Sketch of the medical history of the native army of Bombay, for the year
Year: 1876
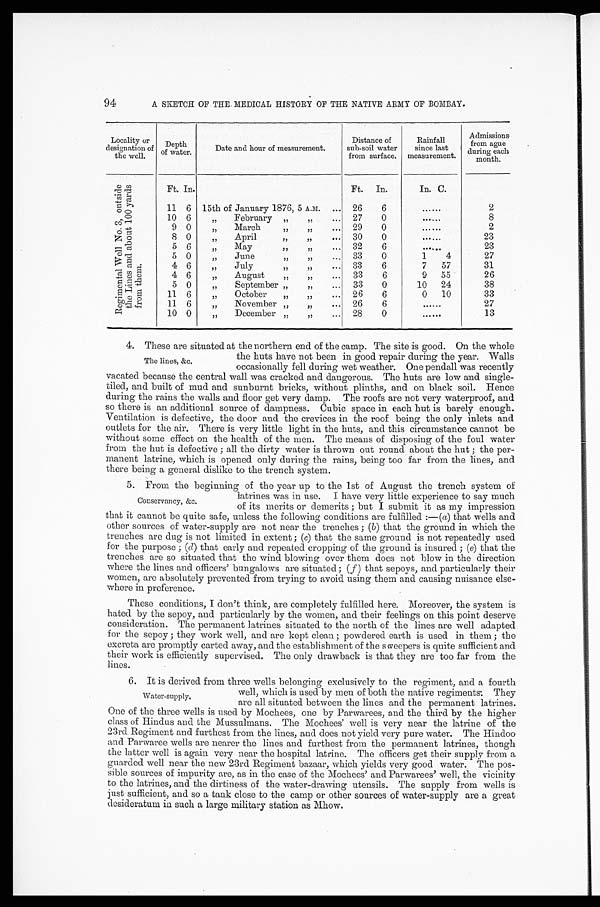
94
A SKETCH OF THE MEDICAL HISTORY OF THE NATIVE ARMY OF BOMBAY.
Locality or
designation of
the well.
Depth
of water.
Date and hour of measurement.
Distance of
sub-soil water
from surface.
Rainfall
since last
measurement.
Admissions
from ague
during each
month.
R e g i m e n t a l W e l l N o . 3 , o u t s i d e t h e L i n e s a n d a b o u t 1 0 0 y a r d s f r o m t h e m .
Ft. In.
Ft. In.
In. C.
11 6 15th of January 1876, 5 A.M. ... 26
6
...
...
2
10 6
„
February „ „
... 27
0
. . . . . .
8
9 0
„
March
„
„
... 29
0
... ...
2
8 0 „
April
„
„
... 30
0
. . . . . .
23
5 6
„
M ay
,,
„
... 32
6
... ...
23
5 0
„
June
„
„
... 33
0
1
4
27
4 6
„
July
„
„ . . . 33
6
7
57
31
4 6
,,
August „
„ . . . 33
6
9 55
26
5 0
,,
September „
,,
... 33
0
10
24
38
11 6
„
October
„
,,
... 26
6
0
10
33
11 6
„
November „
„
... 26
6
......
27
10 0
,,
December „
,,
... 28
0
......
13
4. These are situated at the northern end of the camp. The site is good. On the whole
the huts have not been in good repair during the year. Walls
occasionally fell during wet weather. One pendall was recently
vacated because the central wall was cracked and dangerous. The huts are low and single-
tiled, and built of mud and sunburnt bricks, without plinths, and on black soil. Hence
during the rains the walls and floor get very damp. The roofs are not very waterproof, and
so there is an additional source of dampness. Cubic space in each hut is barely enough.
Ventilation is defective, the door and the crevices in the roof being the only inlets and
outlets for the air. There is very little light in the huts, and this circumstance cannot be
without some effect on the health of the men. The means of disposing of the foul water
from the hut is defective ; all the dirty water is thrown out round about the hut ; the per
-manent latrine, which is opened only during the rains, being too far from the lines, and
there being a general dislike to the trench system.
5. From the beginning of the year up to the 1st of August the trench system of
latrines was in use. I have very little experience to say much
of its merits or demerits ; but I submit it as my impression
that it cannot be quite safe, unless the following conditions are fulfilled :—( a) that wells and
other sources of water-supply are not near the trenches ; ( b) that the ground in which the
trenches are dug is not limited in extent ; ( c) that the same ground is not repeatedly used
for the purpose ; (d) that early and repeated cropping of the ground is insured ; ( e) that the
trenches are so situated that the wind blowing over them does not blow in the direction
where the lines and officers’ bungalows are situated ; (f) that sepoys, and particularly their
women, are absolutely prevented from trying to avoid using them and causing nuisance else
-where in preference.
These conditions, I don’t think, are completely fulfilled here. Moreover, the system is
hated by the sepoy, and particularly by the women, and their feelings on this point deserve
consideration. The permanent latrines situated to the north of the lines are well adapted
for the sepoy ; they work well, and are kept clean ; powdered earth is used in them ; the
excreta are promptly carted away, and the establishment of the sweepers is quite sufficient and
their work is efficiently supervised. The only drawback is that they are too far from the
lines.
6. It is derived from three wells belonging exclusively to the regiment, and a fourth
well, which is used by men of both the native regiments: They
are all situated between the lines and the permanent latrines.
One of the three wells is used by Mochees, one by Parwarees, and the third by the higher
class of Hindus and the Mussulmans. The Mochees’ well is very near the latrine of the
23rd Regiment and furthest from the lines, and does not yield very pure water. The Hindoo
and Parwaree wells are nearer the lines and furthest from the permanent latrines, though
the latter well is again very near the hospital latrine. The officers get their supply from a
guarded well near the new 23rd Regiment bazaar, which yields very good water. The pos
-sible sources of impurity are, as in the case of the Mochees’ and Parwarees’ well, the vicinity
to the latrines, and the dirtiness of the water-drawing utensils. The supply from wells is
just sufficient, and so a tank close to the camp or other sources of water-supply are a great
desideratum in such a large military station as Mhow.
The lines, &c,
Conservancy, &c.
Water-supply,